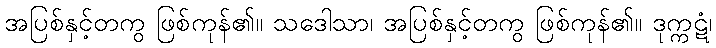
အပြစ်နှင့်တကွ ဖြစ်ကုန်၏။ သဒေါသာ၊ အပြစ်နှင့်တကွ ဖြစ်ကုန်၏။ ဒုက္ကဋံ၊